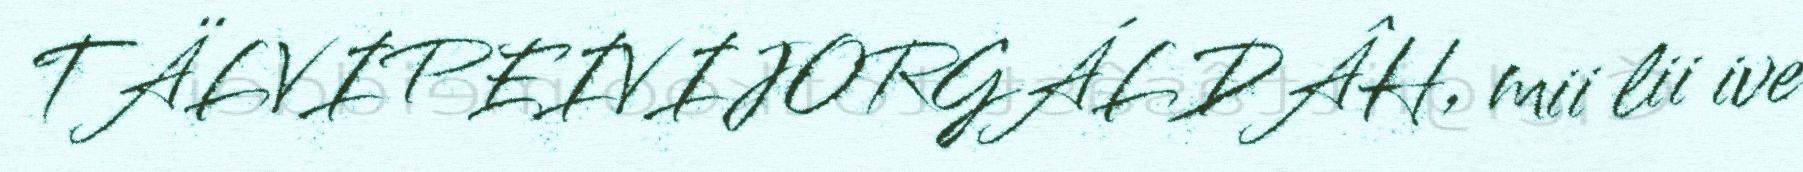
TÄLVIPEIVIJORGÁLDÂH, mii lii ive